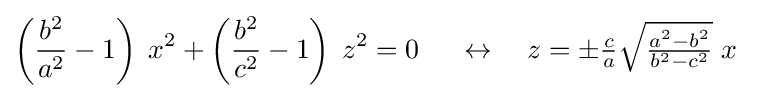
\left({\frac {b^{2}}{a^{2}}}-1\right)\;x^{2}+\left({\frac {b^{2}}{c^{2}}}-1\right)\;z^{2}=0\ \quad \leftrightarrow \quad z=\pm {\tfrac {c}{a}}{\sqrt {\tfrac {a^{2}-b^{2}}{b^{2}-c^{2}}}}\;x\